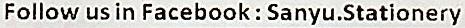
FOLLOW US IN FACEBOOK : SANYU.STATIONERY